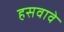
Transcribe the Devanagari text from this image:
हसवावे